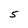
Character: S